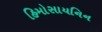
હિમોસાયનિન